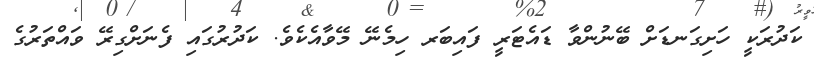
ކަދުރަކީ ހަށިގަނޑަށް ބޭނުންވާ ޑައެޓަރީ ފައިބަރ ހިމެނޭ މޭވާއެކެވެ. ކަދުރުގައި ފެނަށްގިރޭ ވައްތަރުގެ